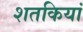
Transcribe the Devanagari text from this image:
शतकियां